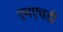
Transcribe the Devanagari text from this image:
एमएचडी